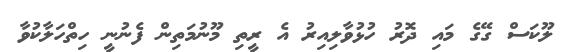
ލޫކަސް ގޭގެ މައި ދޮރު ހުޅުވާލިއިރު އެ ރީތި މޫނުމަތިން ފެނުނީ ހިތްހަލާކުވާ